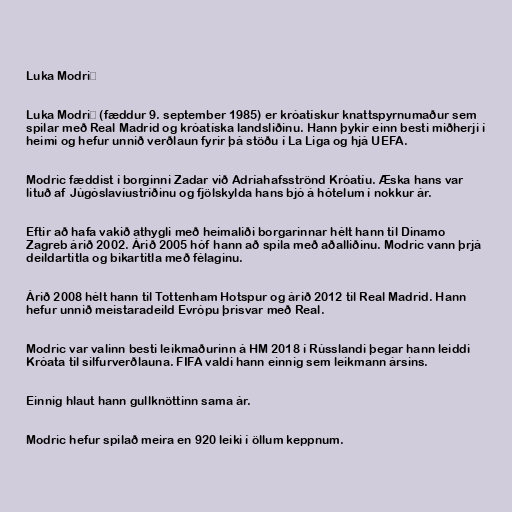
Luka Modrić

Luka Modrić (fæddur 9. september 1985) er króatískur knattspyrnumaður sem
spilar með Real Madrid og króatíska landsliðinu. Hann þykir einn besti miðherji í
heimi og hefur unnið verðlaun fyrir þá stöðu í La Liga og hjá UEFA.

Modric fæddist í borginni Zadar við Adríahafsströnd Króatíu. Æska hans var
lituð af Júgóslavíustríðinu og fjölskylda hans bjó á hótelum í nokkur ár.

Eftir að hafa vakið athygli með heimaliði borgarinnar hélt hann til Dinamo
Zagreb árið 2002. Árið 2005 hóf hann að spila með aðalliðinu. Modric vann þrjá
deildartitla og bikartitla með félaginu.

Árið 2008 hélt hann til Tottenham Hotspur og árið 2012 til Real Madrid. Hann
hefur unnið meistaradeild Evrópu þrisvar með Real.

Modric var valinn besti leikmaðurinn á HM 2018 í Rússlandi þegar hann leiddi
Króata til silfurverðlauna. FIFA valdi hann einnig sem leikmann ársins.

Einnig hlaut hann gullknöttinn sama ár.

Modric hefur spilað meira en 920 leiki í öllum keppnum.